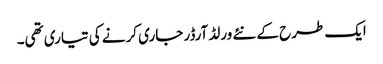
ایک طرح کے نئے ورلڈ آرڈر جاری کرنے کی تیاری تھی۔